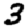
Digit: 3